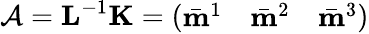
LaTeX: \mathcal{A}=\mathbf{L}^{-1}\mathbf{K}=\left(\begin{array}{ccc}{\bar{\mathbf{m}}^{1}}&{\bar{\mathbf{m}}^{2}}&{\bar{\mathbf{m}}^{3}}\end{array}\right)